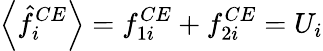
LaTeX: \left\langle\hat{f}_{i}^{CE}\right\rangle=f_{1i}^{CE}+f_{2i}^{CE}=U_{i}